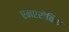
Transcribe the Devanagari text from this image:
एनएरोबिक